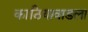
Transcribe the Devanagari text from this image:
काठियावाडला